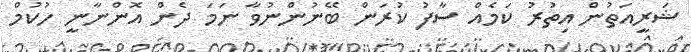
ޝަރީއަތުން އިތުރު ކަމެއް ސާފު ކުރަން ބޭނުންނުވާ ނަމަ ދެން އޮންނާނީ ހުކުމް